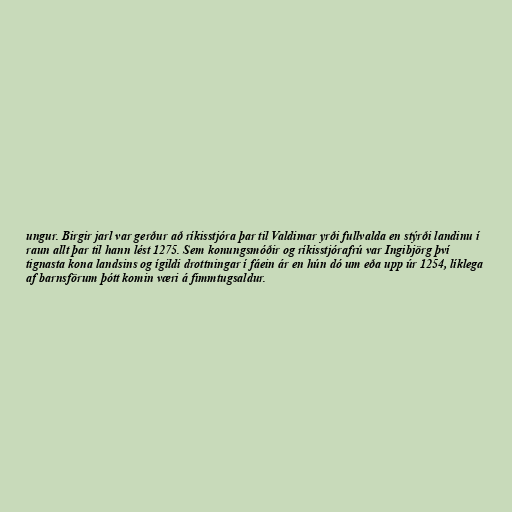
ungur. Birgir jarl var gerður að ríkisstjóra þar til Valdimar yrði fullvalda en stýrði landinu í
raun allt þar til hann lést 1275. Sem konungsmóðir og ríkisstjórafrú var Ingibjörg því
tignasta kona landsins og ígildi drottningar í fáein ár en hún dó um eða upp úr 1254, líklega
af barnsförum þótt komin væri á fimmtugsaldur.